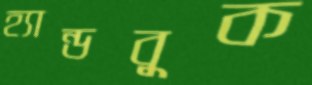
হ্যান্ডবুক